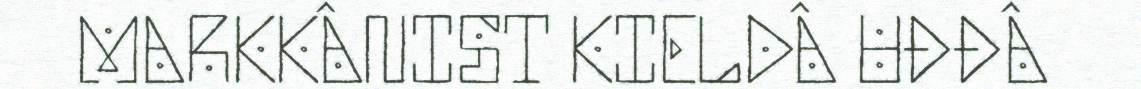
MARKKÂNIST KIELDÂ UĐĐÂ